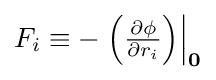
{\textstyle F_{i}\equiv -\left.\left({\frac {\partial \phi }{\partial r_{i}}}\right)\right|_{\mathbf {0} }}